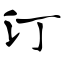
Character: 汀